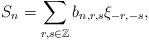
LaTeX: \begin{align*}S_n=\sum_{r,s\in\mathbb{Z}} b_{n,r,s}\xi_{-r, -s},\end{align*}